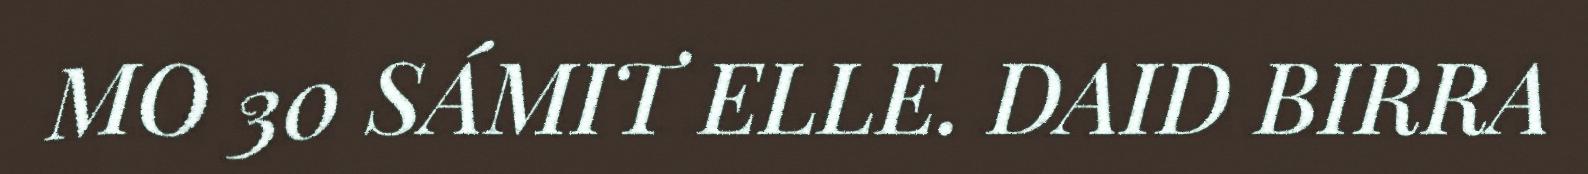
MO 30 SÁMIT ELLE. DAID BIRRA